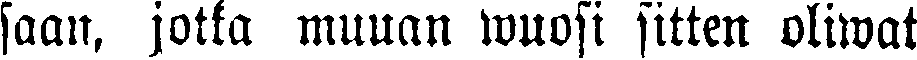
saan, jotta muuan wuosi sitten oliwat